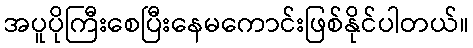
အပူပိုကြီးစေပြီးနေမကောင်းဖြစ်နိုင်ပါတယ်။